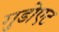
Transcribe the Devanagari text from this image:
गुडोएट